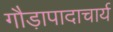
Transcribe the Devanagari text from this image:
गौड़ापादाचार्य